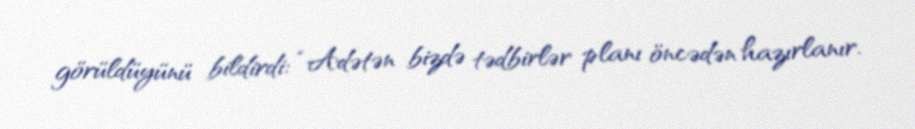
görüldüyünü bildirdi: “Adətən bizdə tədbirlər planı öncədən hazırlanır.